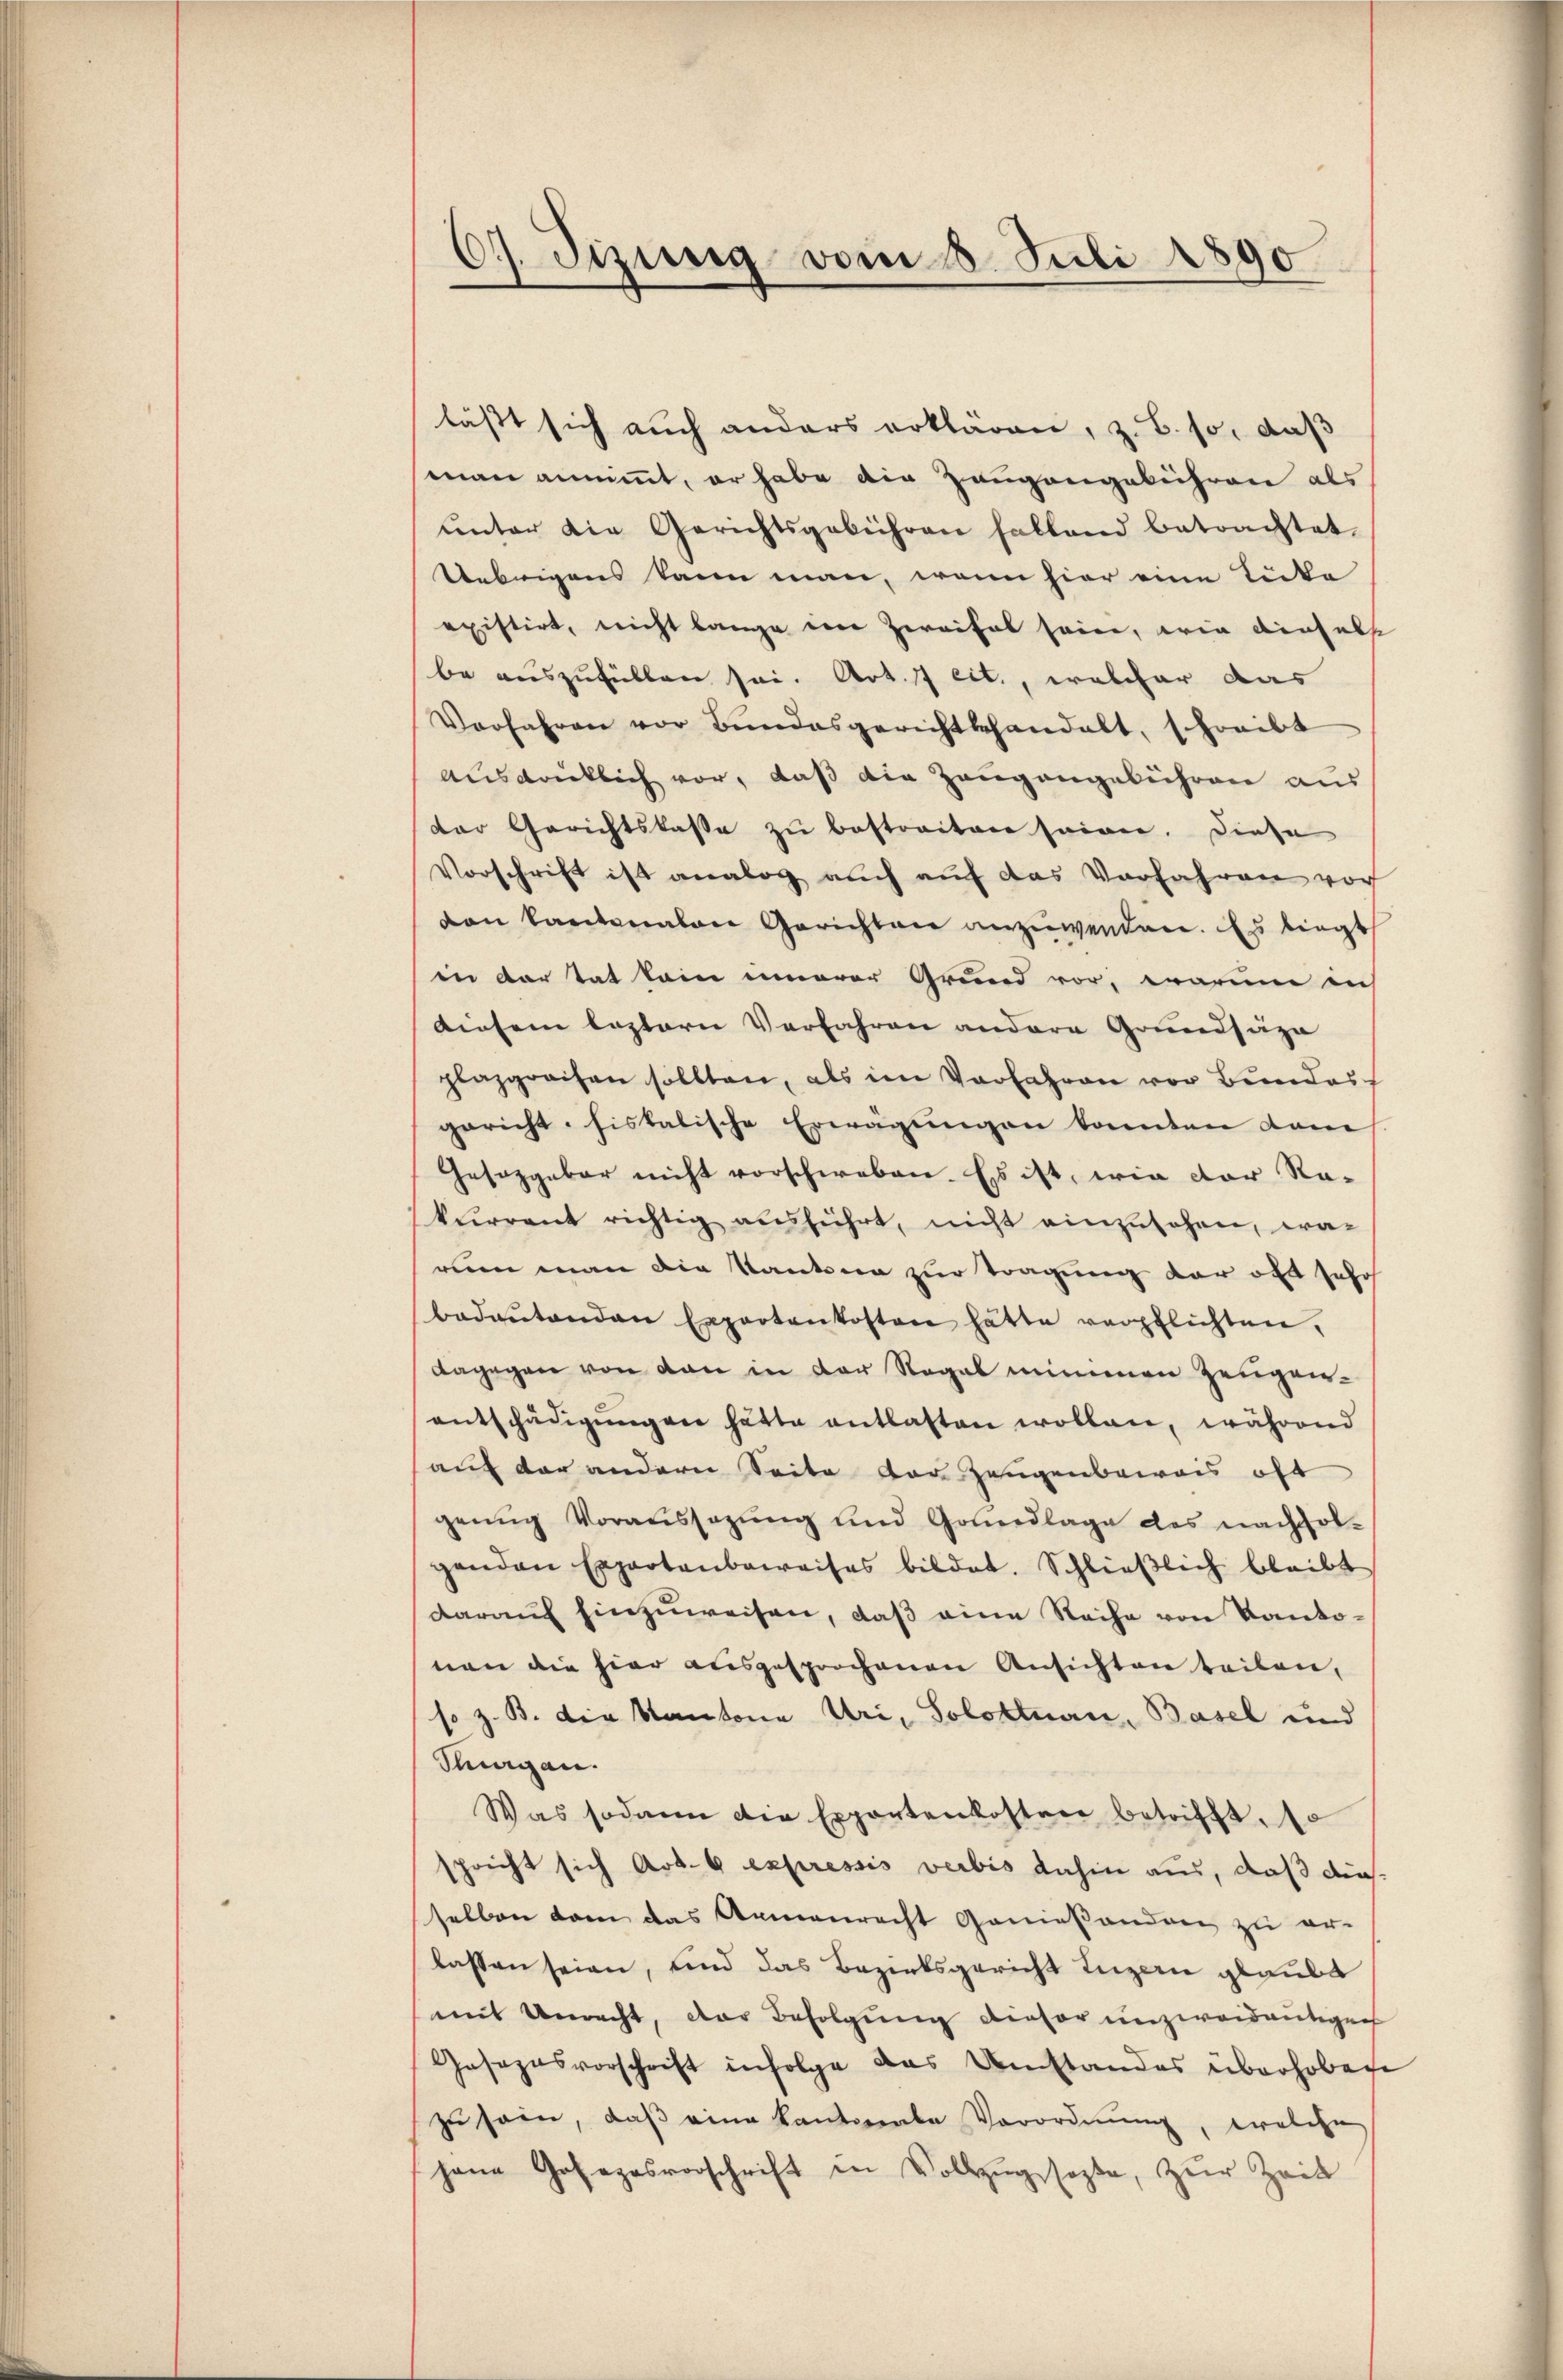
6). Jizung vom 8. Juli 1890

läßt sich auch anders erklären, z. B. so, daß
man annimmt, er habe die Zeugangebühren als
ŭnter die Gerichtsgebühren fallend betrachtet.
Uebrigens kann man, wenn hier eine Tücke
existirt, nicht lange eine Zweifel seien, wie diesels
be auszufüllen sei. Art. 7 cit., welcher das
Verfahren vor Bundesgerichtshandelt, schreibt
Ausdrücklich vor, daß die Zaugangebühren aus
der Gerichtskasse zu bestreiten seien. Diese
Vorschrift ist analog aŭch aŭf das Verfahren vor
von kantonalen Gerichten anzuwenden. Es tragt
in der tat keine innerer Grund vor, warum auch
diesem leztern Verfahren andere Grundsaza
plazpreisen sollten, als im Vorfahren vor Bundes
gericht sistatische Erwägŭngen konnten dam
Gesetzgebar nicht vorschweben. Es ist, wie der Ra-
kurrent richtig ausführt, nicht einzusehen, warum man die Kantona zur Tragung der oft sehr
badaŭtenden Expertenkosten hätte verpflichten,
dagegen von von in der Regal minimen Zeugenentschädigŭngen hätte entlasten wollen, während
auf der andern Seite der Zeugenberais oft
genug Voraussagung und Gondlage des nachfolgenden Expertenbeweises bildet. Schlieβlich bleibt
darauf hinzuweisen, daß eine Reihe von Kantonen die hier ausgesprochenen Ansichten teilen,
so z. B. die Kantone Uri, Solottnau, Basel und
Purgau.
Was sodann die Exportenkosten betrifft. 1
hricht sich Art. 6 expressis verbis dahin aus, daß diesselben kam das Armenrecht Genießenden zu er-
lassen seien, und das Bezirksgericht Luzern glaubt
mit Unrecht, der Befolgung dieser unzweideutigen
Gesezesvorschrift infolge das Umstandes überhobene
zu sein, daß eine kantonale Vorordnung, welche
hane Gesezesvorschrift in Vollzŭg sagte, zŭr Zeit